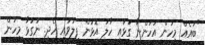
"ބައެއް މީހުން އަހަންނާ ގުޅައި ހާލު އޮޅުން ފިލުވައި ހެދި. ނުގުޅާ މީހުން